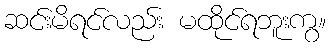
ဆင်းမိရင်လည်း မထိုင်ရဘူးကွ။